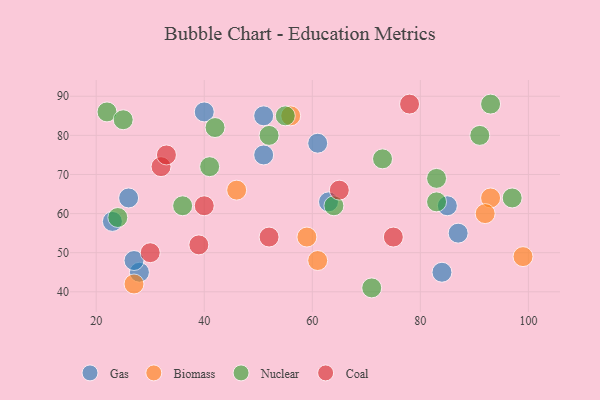
{"axis": {"x": "GDP", "y": "Life Expectancy"}, "legend": ["Biomass", "Coal", "Gas", "Nuclear"], "data": [{"x": "28", "y": 45, "type": "Gas"}, {"x": "23", "y": 58, "type": "Gas"}, {"x": "26", "y": 64, "type": "Gas"}, {"x": "51", "y": 75, "type": "Gas"}, {"x": "87", "y": 55, "type": "Gas"}, {"x": "85", "y": 62, "type": "Gas"}, {"x": "84", "y": 45, "type": "Gas"}, {"x": "27", "y": 48, "type": "Gas"}, {"x": "63", "y": 63, "type": "Gas"}, {"x": "51", "y": 85, "type": "Gas"}, {"x": "61", "y": 78, "type": "Gas"}, {"x": "40", "y": 86, "type": "Gas"}, {"x": "93", "y": 64, "type": "Biomass"}, {"x": "56", "y": 85, "type": "Biomass"}, {"x": "99", "y": 49, "type": "Biomass"}, {"x": "92", "y": 60, "type": "Biomass"}, {"x": "61", "y": 48, "type": "Biomass"}, {"x": "59", "y": 54, "type": "Biomass"}, {"x": "46", "y": 66, "type": "Biomass"}, {"x": "27", "y": 42, "type": "Biomass"}, {"x": "93", "y": 88, "type": "Nuclear"}, {"x": "64", "y": 62, "type": "Nuclear"}, {"x": "55", "y": 85, "type": "Nuclear"}, {"x": "71", "y": 41, "type": "Nuclear"}, {"x": "73", "y": 74, "type": "Nuclear"}, {"x": "22", "y": 86, "type": "Nuclear"}, {"x": "36", "y": 62, "type": "Nuclear"}, {"x": "42", "y": 82, "type": "Nuclear"}, {"x": "97", "y": 64, "type": "Nuclear"}, {"x": "91", "y": 80, "type": "Nuclear"}, {"x": "83", "y": 69, "type": "Nuclear"}, {"x": "52", "y": 80, "type": "Nuclear"}, {"x": "83", "y": 63, "type": "Nuclear"}, {"x": "41", "y": 72, "type": "Nuclear"}, {"x": "24", "y": 59, "type": "Nuclear"}, {"x": "25", "y": 84, "type": "Nuclear"}, {"x": "32", "y": 72, "type": "Coal"}, {"x": "75", "y": 54, "type": "Coal"}, {"x": "33", "y": 75, "type": "Coal"}, {"x": "39", "y": 52, "type": "Coal"}, {"x": "78", "y": 88, "type": "Coal"}, {"x": "40", "y": 62, "type": "Coal"}, {"x": "30", "y": 50, "type": "Coal"}, {"x": "52", "y": 54, "type": "Coal"}, {"x": "65", "y": 66, "type": "Coal"}]}